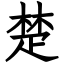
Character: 楚